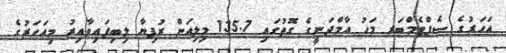
އަހަރުގެ ސެޕްޓެމްބަރ މަހު އާމްދަނީގެ ގޮތުގައި 135.7 މިލިއަން ރުފިޔާ ލިބިފައިވާއިރު މިއަހަރުގެ